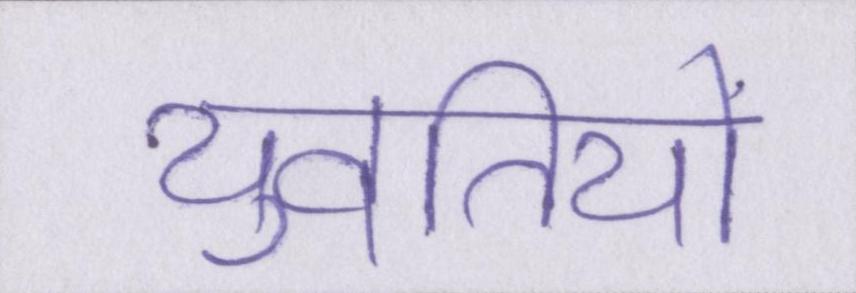
युवतियों